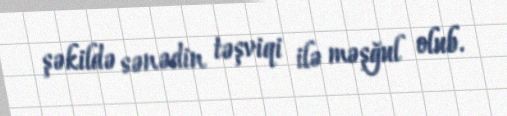
şəkildə sənədin təşviqi ilə məşğul olub.